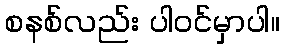
စနစ်လည်း ပါဝင်မှာပါ။